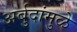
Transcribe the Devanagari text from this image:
अर्बुदांमुळे